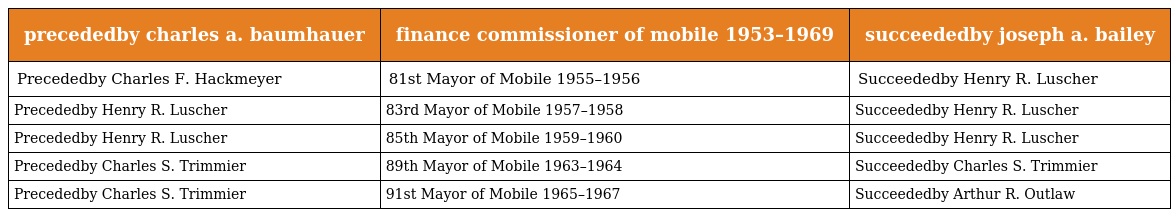
| precededby charles a. baumhauer | finance commissioner of mobile 1953–1969 | succeededby joseph a. bailey |
 | --- | --- | --- |
 | Precededby Charles F. Hackmeyer | 81st Mayor of Mobile 1955–1956 | Succeededby Henry R. Luscher |
 | Precededby Henry R. Luscher | 83rd Mayor of Mobile 1957–1958 | Succeededby Henry R. Luscher |
 | Precededby Henry R. Luscher | 85th Mayor of Mobile 1959–1960 | Succeededby Henry R. Luscher |
 | Precededby Charles S. Trimmier | 89th Mayor of Mobile 1963–1964 | Succeededby Charles S. Trimmier |
 | Precededby Charles S. Trimmier | 91st Mayor of Mobile 1965–1967 | Succeededby Arthur R. Outlaw |